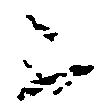
不